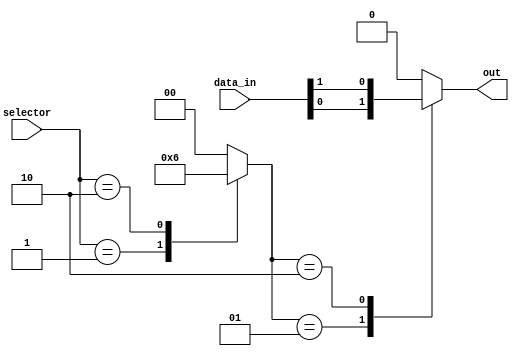
module mux_256to1 (
    input [255:0] data_in,
    input [7:0] selector,
    output reg out
);

reg [7:0] decoder_out;

always @(selector) begin
    case (selector)
        8'b00000001: decoder_out <= 8'b00000001;
        8'b00000010: decoder_out <= 8'b00000010;
        // Repetition of cases for all 256 input lines
        // Note: The decoder logic can be optimized using generate blocks
        
        default: decoder_out <= 8'b00000000;
    endcase
end

always @(data_in, decoder_out) begin
    case (decoder_out)
        8'b00000001: out <= data_in[0];
        8'b00000010: out <= data_in[1];
        // Repetition of cases for all 256 input lines
        
        default: out <= 1'b0;
    endcase
end

endmodule